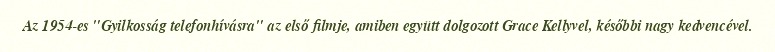
Az 1954-es "Gyilkosság telefonhívásra" az első filmje, amiben együtt dolgozott Grace Kellyvel, későbbi nagy kedvencével.